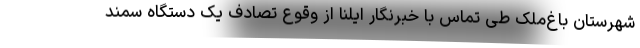
شهرستان باغ‌ملک طی تماس با خبرنگار ایلنا از وقوع تصادف یک دستگاه سمند